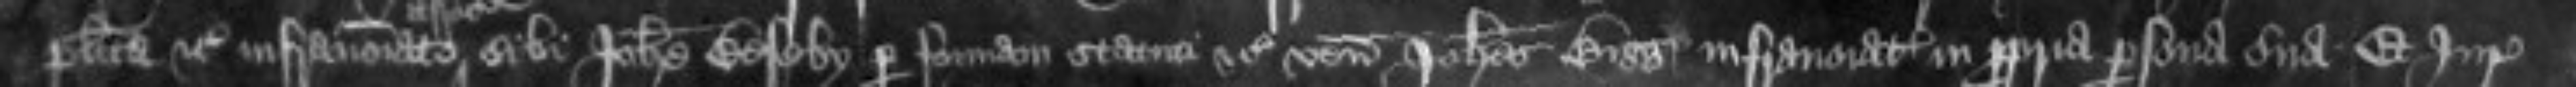
placita etc infranominato sibi Johanne Beseby per formam statuti etc venit Johannes Bigg infranominatus in propria persona sua Et Juratores